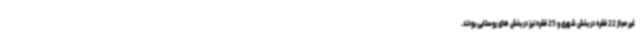
غیر مجاز 22 فقره در بخش شهری و 25 فقره نیز در بخش های روستایی بودند.